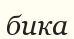
бика